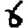
Digit: 6